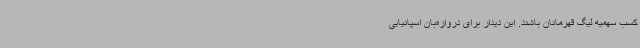
کسب سهمیه لیگ قهرمانان باشند. این دیدار برای دروازه‌بان اسپانیایی